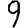
Digit: 9